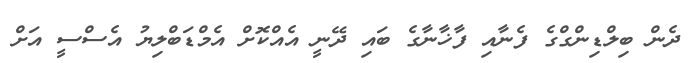
ދެން ބިލްޑިންގްގެ ފެނާއި ފާޚާނާގެ ބައި ދޭނީ އެއްކޮށް އެމްޑަބްލިޔު އެސްސީ އަށް